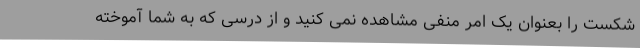
شکست را بعنوان یک امر منفی مشاهده نمی کنید و از درسی که به شما آموخته